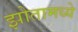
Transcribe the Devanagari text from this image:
झोतामध्ये